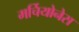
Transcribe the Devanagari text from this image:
मर्चियोनेस